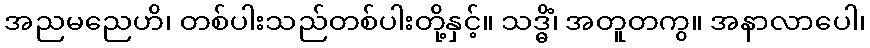
အညမညေဟိ၊ တစ်ပါးသည်တစ်ပါးတို့နှင့်။ သဒ္ဓိံ၊ အတူတကွ။ အနာလာပေါ၊